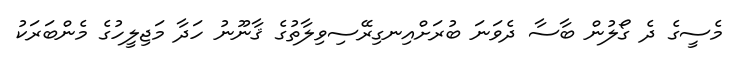
މެސީގެ ދެ ގޯލުން ބާސާ ދެވަނަ ބުރަށްއިނގިރޭސިވިލާތުގެ ޤާނޫނު ހަދާ މަޖިލީހުގެ މެންބަރަކު